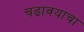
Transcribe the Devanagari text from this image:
चढावयाचा